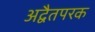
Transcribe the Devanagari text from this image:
अद्वैतपरक